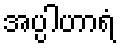
အပ္ပါဟာရံ